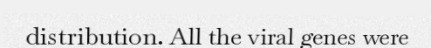
distribution. All the viral genes were